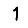
Digit: 1